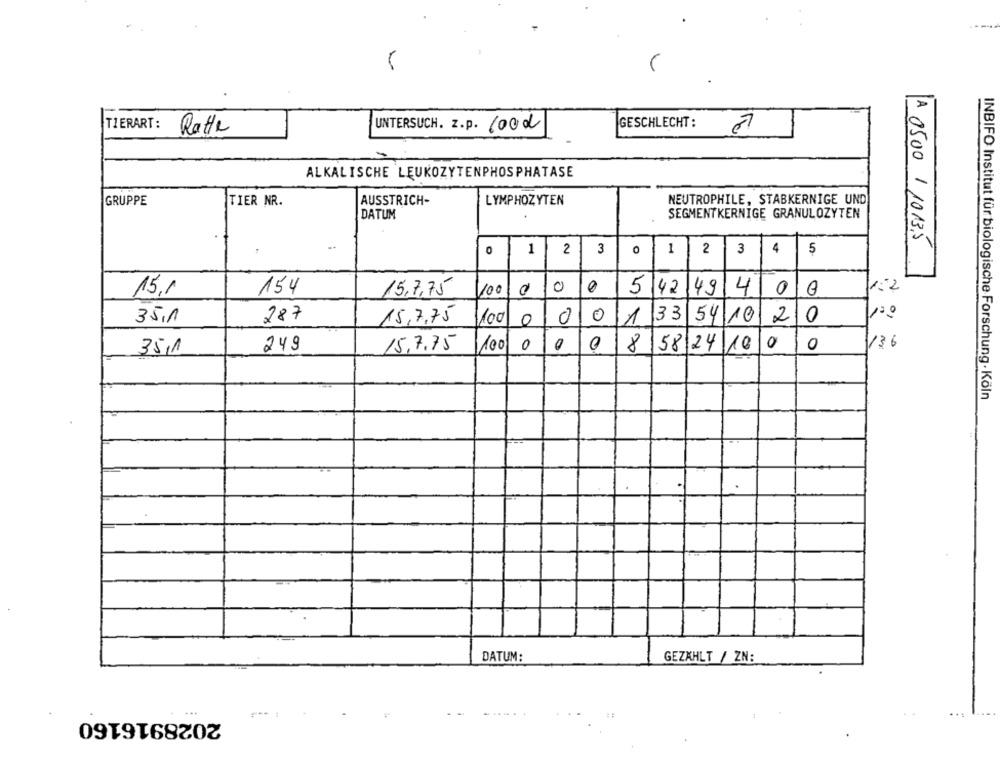
TIERART:
Ratte
UNTERSUCH. z.p. Good
GESCHLECHT:
ALKALISCHE LEUKOZYTENPHOSPHATASE
GRUPPE
TIER NR.
AUSSTRICH-
LYMPHOZYTEN
NEUTROPHILE, STABKERNIGE UND
DATUM
SEGMENTKERNIGE GRANULOZYTEN
A 0500/ 10135
0
1 21
3
0
4 5
1 2 3
154
00
1.2
15,1
15,7,75
54249400
35.1
287
15,7,75
100 0
0
0
1 33 541020
35,1
249
15,7,75
100 00
0
8 58 24 100
10
136
INBIFO Institut für biologische Forschung . Köln
DATUM:
GEZAHLT / ZN:
...
2028916160